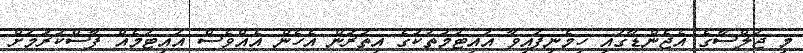
މި ޖަލްސާގެ އެޖެންޑާގައި ހިމެނިފައިވާ އައިޓަމުތަކުގެ އިތުރުން އެހެން އެއްވެސް އައިޓަމެއް ފާސްކުރުމަށް